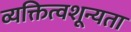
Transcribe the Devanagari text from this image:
व्यक्तित्वशून्यता